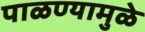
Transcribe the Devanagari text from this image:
पाळण्यामुळे